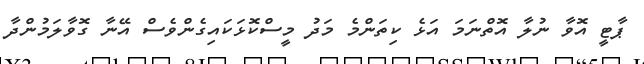
ޕާޓީ އޮވާ ނުލާ އޮތްނަމަ އަޅެ ކިތަންމެ މަދު މީސްކޮޅަކައިގެންވެސް އޭނާ ގޮވާލަމުންދާ